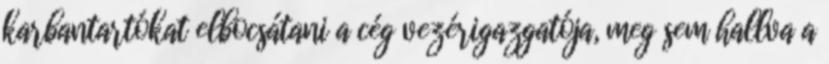
karbantartókat elbocsátani a cég vezérigazgatója, meg sem hallva a